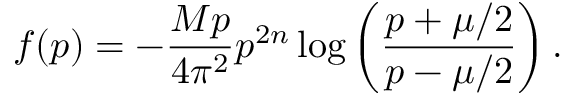
f ( p ) = - \frac { M p } { 4 \pi ^ { 2 } } { p ^ { 2 n } } \log \left( \frac { p + \mu / 2 } { p - \mu / 2 } \right) .